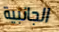
الجانبية